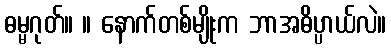
ဓမ္မဂုတ်။ ။ နောက်တစ်မျိုးက ဘာအဓိပ္ပာယ်လဲ။